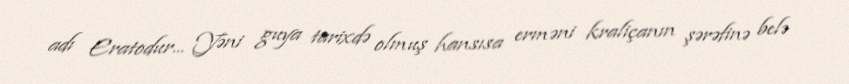
adı Eratodur... Yəni guya tarixdə olmuş hansısa erməni kraliçanın şərəfinə belə